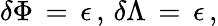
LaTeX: \delta\Phi\, =\, \epsilon\, ,\, \delta\Lambda\, =\, \epsilon\, ,